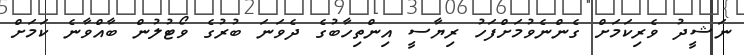
ނަޝީދު ވެރިކަމަށް ގެންނެވުމަށްފަހު ރިޔާސީ އިންތިހާބުގެ ދެވަނަ ބުރުގެ ވޯޓުލުން ބާއްވާނެ ކަމަށް